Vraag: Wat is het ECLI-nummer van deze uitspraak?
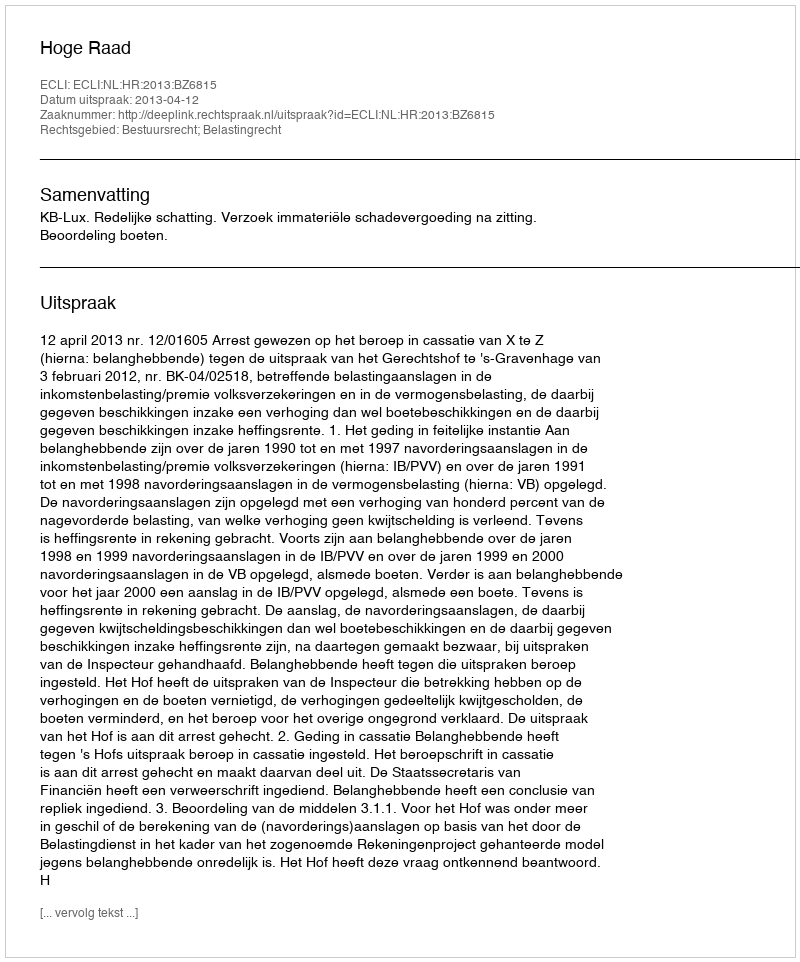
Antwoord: ECLI:NL:HR:2013:BZ6815